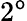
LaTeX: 2^{\mathsf{o}}